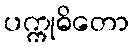
ပက္ကုဓိတော